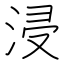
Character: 浸